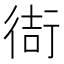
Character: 𫋮